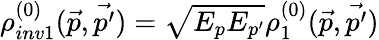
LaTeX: \rho_{inv1}^{(0)}(\vec{p},\vec{p^{\prime}})=\sqrt{E_{p}E_{p^{\prime}}}\rho_{1}^{(0)}(\vec{p},\vec{p^{\prime}})